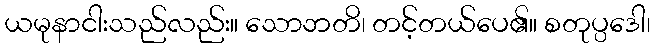
ယမုနာငါးသည်လည်း။ သောဘတိ၊ တင့်တယ်ပေ၏။ စတုပ္ပဒေါ၊